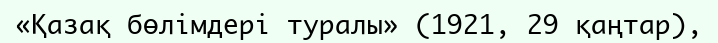
«Қазақ бөлімдері туралы» (1921, 29 қаңтар),